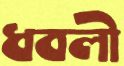
ধবলী